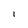
Character: I